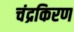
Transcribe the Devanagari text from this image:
चंद्रकिरण